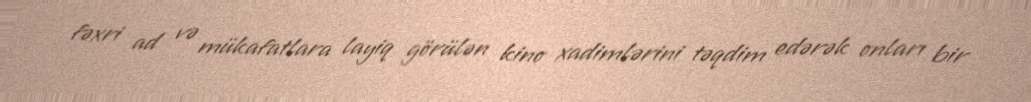
fəxri ad və mükafatlara layiq görülən kino xadimlərini təqdim edərək onları bir